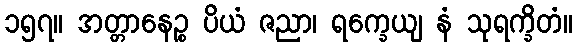
၁၅၇။ အတ္တာနေဉ္စ ပိယံ ဇညာ၊ ရက္ခေယျ နံ သုရက္ခိတံ။